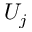
U _ { j }